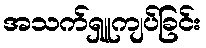
အသက်ရှူကျပ်ခြင်း